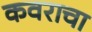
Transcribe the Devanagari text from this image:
कवराचा